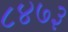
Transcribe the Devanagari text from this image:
८४७३